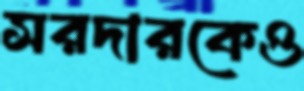
সরদারকেও